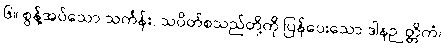
၆။ စွန့်အပ်သော သင်္ကန်း, သပိတ်စသည်တို့ကို ပြန်ပေးသော ဒါနဉတ္တိကံ၊